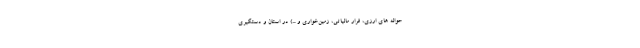
حواله های ارزی، فرار مالیاتی، زمین‌خواری و ...) در استان و دستگیری